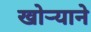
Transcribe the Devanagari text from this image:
खोऱ्याने